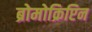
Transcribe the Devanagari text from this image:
ब्रोमोक्रिप्टिन